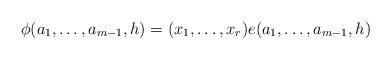
LaTeX: \begin{align*}\phi(a_1,\dots,a_{m-1},h)= (x_1,\dots,x_r)e(a_1,\dots,a_{m-1},h)\end{align*}